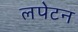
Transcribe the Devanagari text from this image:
लपेटन